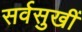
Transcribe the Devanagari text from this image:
सर्वसुखीं